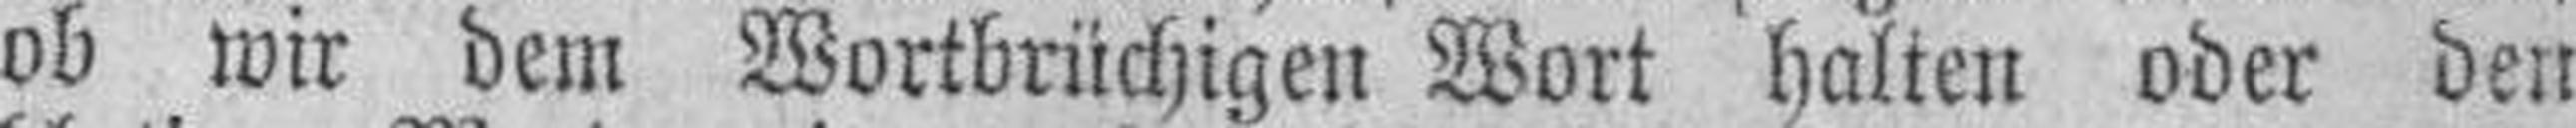
ob wir dem Wortbrüchigen Wort halten oder den